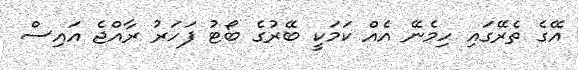
އޭގެ ތެރޭގައި ހިމެނޭ އެއް ކަމަކީ ބޭރުގެ ބޯޓު ފަހަރު ރާއްޖެ އައިސް